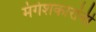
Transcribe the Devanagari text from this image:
मंगेशकारांनी